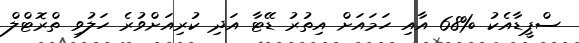
ސްޕީޑާއެކު %68 އާއި ހަމައަށް އިތުރު ޑޭޓާ އަދި ކުރިއަށްވުރެ ހަލުވި ތްރޮޓްލް